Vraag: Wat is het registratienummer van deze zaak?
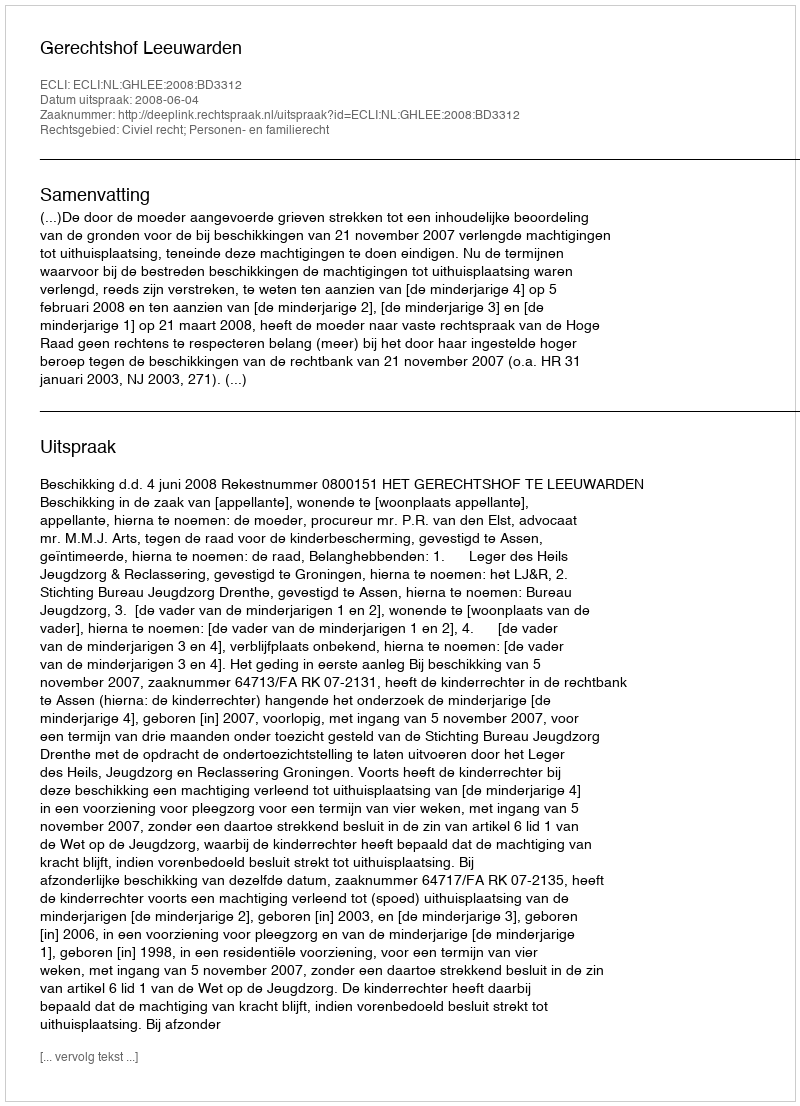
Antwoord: http://deeplink.rechtspraak.nl/uitspraak?id=ECLI:NL:GHLEE:2008:BD3312